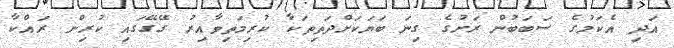
އަދި އެކަމުގެ ސަބަބުން ރަށުގެ ގިނަ ބަޔަކަށްދަތިތަކާ ކުރިމަތިވާއިރު ގޭގޭގައި ކުރިން ރައްކާ